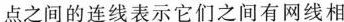
点之间的连线表示它们之间有网线相